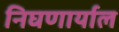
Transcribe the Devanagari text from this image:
निघणार्याल